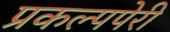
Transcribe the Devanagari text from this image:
प्रकल्पपेरी